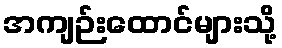
အကျဉ်းထောင်များသို့